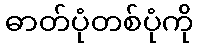
ဓာတ်ပုံတစ်ပုံကို